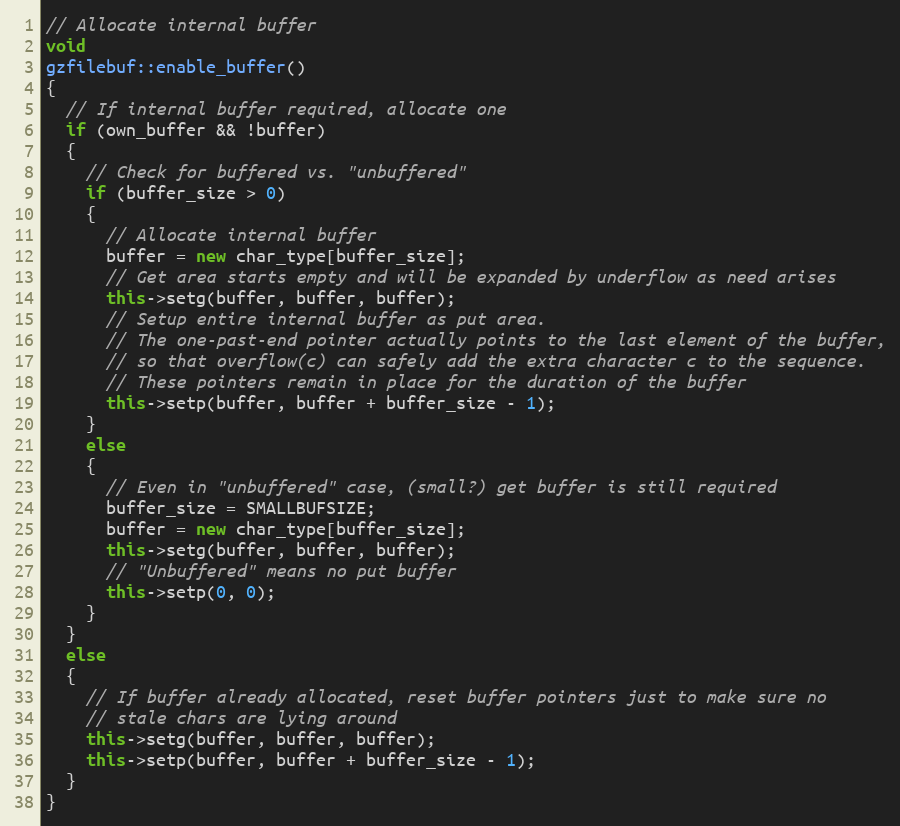
Language: C++
// Allocate internal buffer
void
gzfilebuf::enable_buffer()
{
  // If internal buffer required, allocate one
  if (own_buffer && !buffer)
  {
    // Check for buffered vs. "unbuffered"
    if (buffer_size > 0)
    {
      // Allocate internal buffer
      buffer = new char_type[buffer_size];
      // Get area starts empty and will be expanded by underflow as need arises
      this->setg(buffer, buffer, buffer);
      // Setup entire internal buffer as put area.
      // The one-past-end pointer actually points to the last element of the buffer,
      // so that overflow(c) can safely add the extra character c to the sequence.
      // These pointers remain in place for the duration of the buffer
      this->setp(buffer, buffer + buffer_size - 1);
    }
    else
    {
      // Even in "unbuffered" case, (small?) get buffer is still required
      buffer_size = SMALLBUFSIZE;
      buffer = new char_type[buffer_size];
      this->setg(buffer, buffer, buffer);
      // "Unbuffered" means no put buffer
      this->setp(0, 0);
    }
  }
  else
  {
    // If buffer already allocated, reset buffer pointers just to make sure no
    // stale chars are lying around
    this->setg(buffer, buffer, buffer);
    this->setp(buffer, buffer + buffer_size - 1);
  }
}